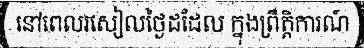
នៅពេលរសៀលថ្ងៃដដែល ក្នុងព្រឹត្តិការណ៍